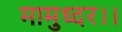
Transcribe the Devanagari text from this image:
मामुध्दर।।